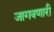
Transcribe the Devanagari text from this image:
जागवणारी